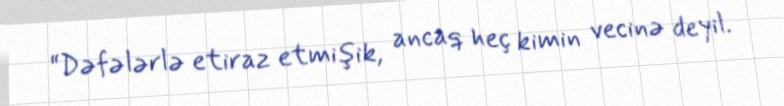
“Dəfələrlə etiraz etmişik, ancaq heç kimin vecinə deyil.